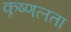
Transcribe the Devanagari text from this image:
कृष्णलता